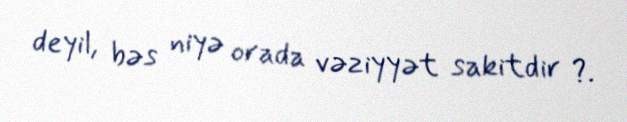
deyil, bəs niyə orada vəziyyət sakitdir ?.